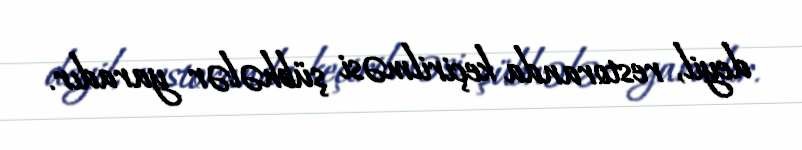
deyil, restoranda keçirilməsi şübhələr yaradır.